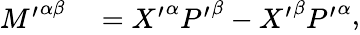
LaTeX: {\begin{array}{rl}{{M^{\prime}}^{\alpha\beta}}&{{}={X^{\prime}}^{\alpha}{P^{\prime}}^{\beta}-{X^{\prime}}^{\beta}{P^{\prime}}^{\alpha}}\end{array}},